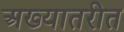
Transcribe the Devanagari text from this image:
अख्यातरीत